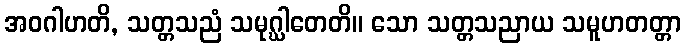
အဝဂါဟတိ, သတ္တသညံ သမုဂ္ဃါတေတိ။ သော သတ္တသညာယ သမူဟတတ္တာ